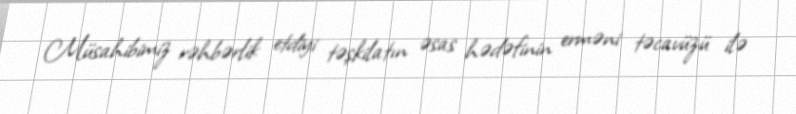
Müsahibimiz rəhbərlik etdiyi təşkilatın əsas hədəfinin erməni təcavüzü ilə